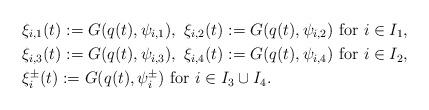
LaTeX: \begin{align*}&\xi_{i,1}(t):= G(q(t),\psi_{i,1}),\ \xi_{i,2}(t):=G(q(t),\psi_{i,2})\ \textup{for}\ i\in I_1,\\ &\xi_{i,3}(t):= G(q(t),\psi_{i,3}),\ \xi_{i,4}(t):=G(q(t),\psi_{i,4})\ \textup{for}\ i\in I_2,\\ &\xi^\pm_{i}(t):= G(q(t),\psi^\pm_{i})\ \textup{for}\ i\in I_3\cup I_4.\end{align*}